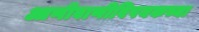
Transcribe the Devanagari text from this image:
आणीबाणीविषयकच्या